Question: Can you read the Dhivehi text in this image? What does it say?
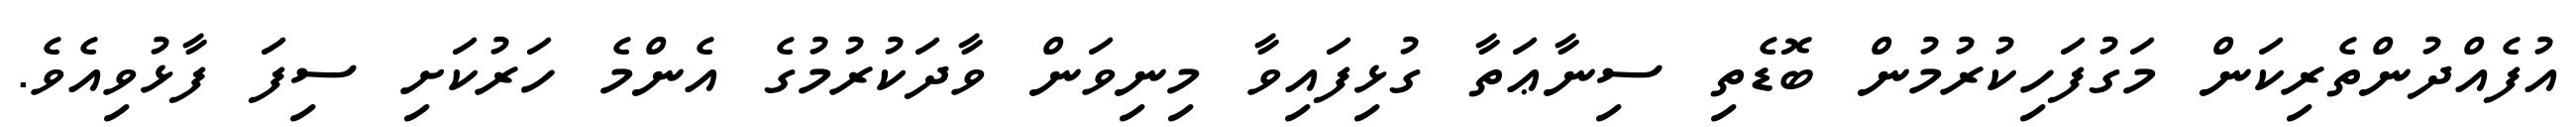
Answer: އުފެއްދުންތެރިކަން މަގުފަހިކުރުމުން ބޮޑެތި ސިނާޢަތާ ގުޅިފައިވާ މިނިވަން ވާދަކުރުމުގެ އެންމެ ހަރުކަށި ސިފަ ފާޅުވިއެވެ.